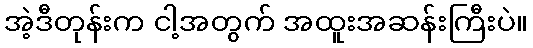
အဲ့ဒီတုန်းက ငါ့အတွက် အထူးအဆန်းကြီးပဲ။